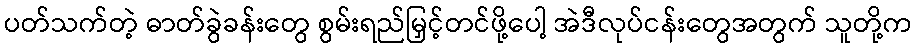
ပတ်သက်တဲ့ ဓာတ်ခွဲခန်းတွေ စွမ်းရည်မြှင့်တင်ဖို့ပေါ့ အဲဒီလုပ်ငန်းတွေအတွက် သူတို့က